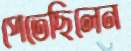
পেতেছিলেন